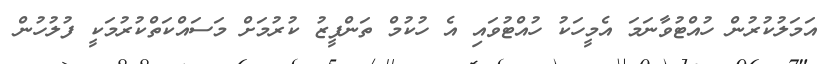
އަމަލުކުރުން ހުއްޓުވާނަމަ އެމީހަކު ހުއްޓުވައި އެ ހުކުމް ތަންފީޒު ކުރުމަށް މަސައްކަތްކުރުމަކީ ފުލުހުން